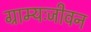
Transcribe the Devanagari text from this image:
ग्राम्यःजीवन